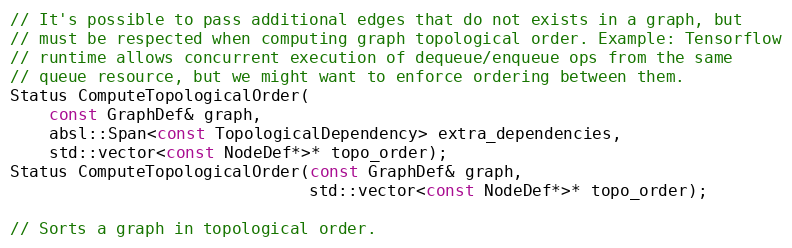
Language: C
// It's possible to pass additional edges that do not exists in a graph, but
// must be respected when computing graph topological order. Example: Tensorflow
// runtime allows concurrent execution of dequeue/enqueue ops from the same
// queue resource, but we might want to enforce ordering between them.
Status ComputeTopologicalOrder(
    const GraphDef& graph,
    absl::Span<const TopologicalDependency> extra_dependencies,
    std::vector<const NodeDef*>* topo_order);
Status ComputeTopologicalOrder(const GraphDef& graph,
                               std::vector<const NodeDef*>* topo_order);

// Sorts a graph in topological order.